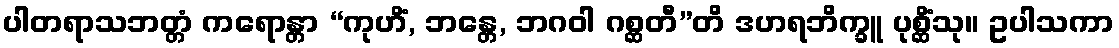
ပါတရာသဘတ္တံ ကရောန္တာ “ကုဟိံ, ဘန္တေ, ဘဂဝါ ဂစ္ဆတီ”တိ ဒဟရဘိက္ခူ ပုစ္ဆိံသု။ ဥပါသကာ